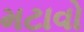
મટાવો